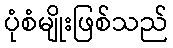
ပုံစံမျိုးဖြစ်သည်